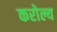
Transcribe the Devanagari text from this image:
करोल्य